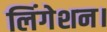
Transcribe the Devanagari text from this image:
लिंगेशन।